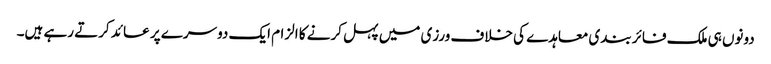
دونوں ہی ملک فائر بندی معاہدے کی خلاف ورزی میں پہل کرنے کا الزام ایک دوسرے پر عائد کرتے رہے ہیں۔